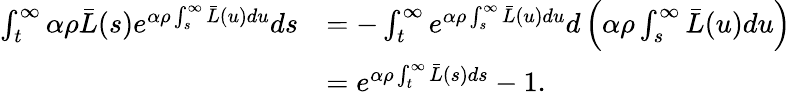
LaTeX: \begin{array}{rl}{\int_{t}^{\infty}\alpha\rho\bar{L}(s)e^{\alpha\rho\int_{s}^{\infty}\bar{L}(u)du}ds}&{=-\int_{t}^{\infty}e^{\alpha\rho\int_{s}^{\infty}\bar{L}(u)du}d\left(\alpha\rho\int_{s}^{\infty}\bar{L}(u)du\right)}\\ &{=e^{\alpha\rho\int_{t}^{\infty}\bar{L}(s)ds}-1.}\end{array}